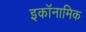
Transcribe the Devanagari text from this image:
इकॉनामिक